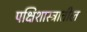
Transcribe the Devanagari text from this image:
पक्षिशास्त्रातील